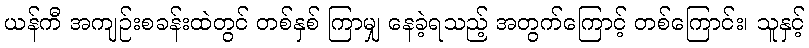
ယန်ကီ အကျဉ်းစခန်းထဲတွင် တစ်နှစ် ကြာမျှ နေခဲ့ရသည့် အတွက်ကြောင့် တစ်ကြောင်း၊ သူနှင့်